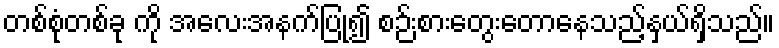
တစ်စုံတစ်ခု ကို အလေးအနက်ပြု၍ စဉ်းစားတွေးတောနေသည့်နှယ်ရှိသည်။